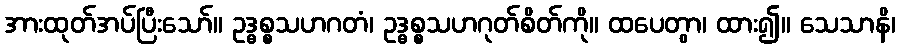
အားထုတ်အပ်ပြီးသော်။ ဥဒ္ဓစ္စသဟဂတံ၊ ဥဒ္ဓစ္စသဟဂုတ်စိတ်ကို။ ထပေတွာ၊ ထား၍။ သေသာနိ၊